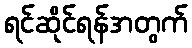
ရင်ဆိုင်ရန်အတွက်